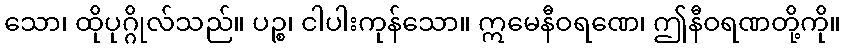
သော၊ ထိုပုဂ္ဂိုလ်သည်။ ပဉ္စ၊ ငါပါးကုန်သော။ ဣမေနီဝရဏေ၊ ဤနီဝရဏတို့ကို။